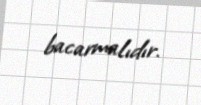
bacarmalıdır.